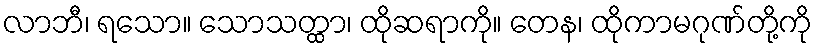
လာဘီ၊ ရသော။ သောသတ္ထာ၊ ထိုဆရာကို။ တေန၊ ထိုကာမဂုဏ်တို့ကို